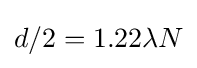
d/2=1.22\lambda N